Problem: 5 × 3 = ?
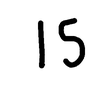
Handwritten answer: 15